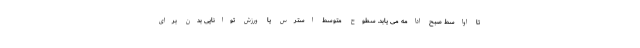
تا اواسط صبح ادامه می یابد. سطوح متوسط استرس یا ورزش توانایی بدن برای